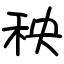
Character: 秧